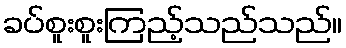
ခပ်စူးစူးကြည့်သည်သည်။